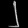
Digit: ၂